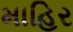
માહિર